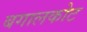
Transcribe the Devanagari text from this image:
बगालकोट